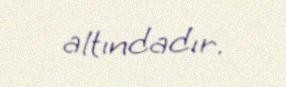
altındadır.